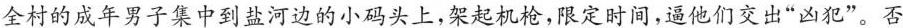
全村的成年男子集中到盐河边的小码头上,架起机枪,限定时间,逼他们交出“凶犯”。否